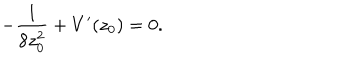
LaTeX: - \frac { 1 } { 8 z _ { 0 } ^ { 2 } } + V ^ { \prime } ( z _ { 0 } ) = 0 .